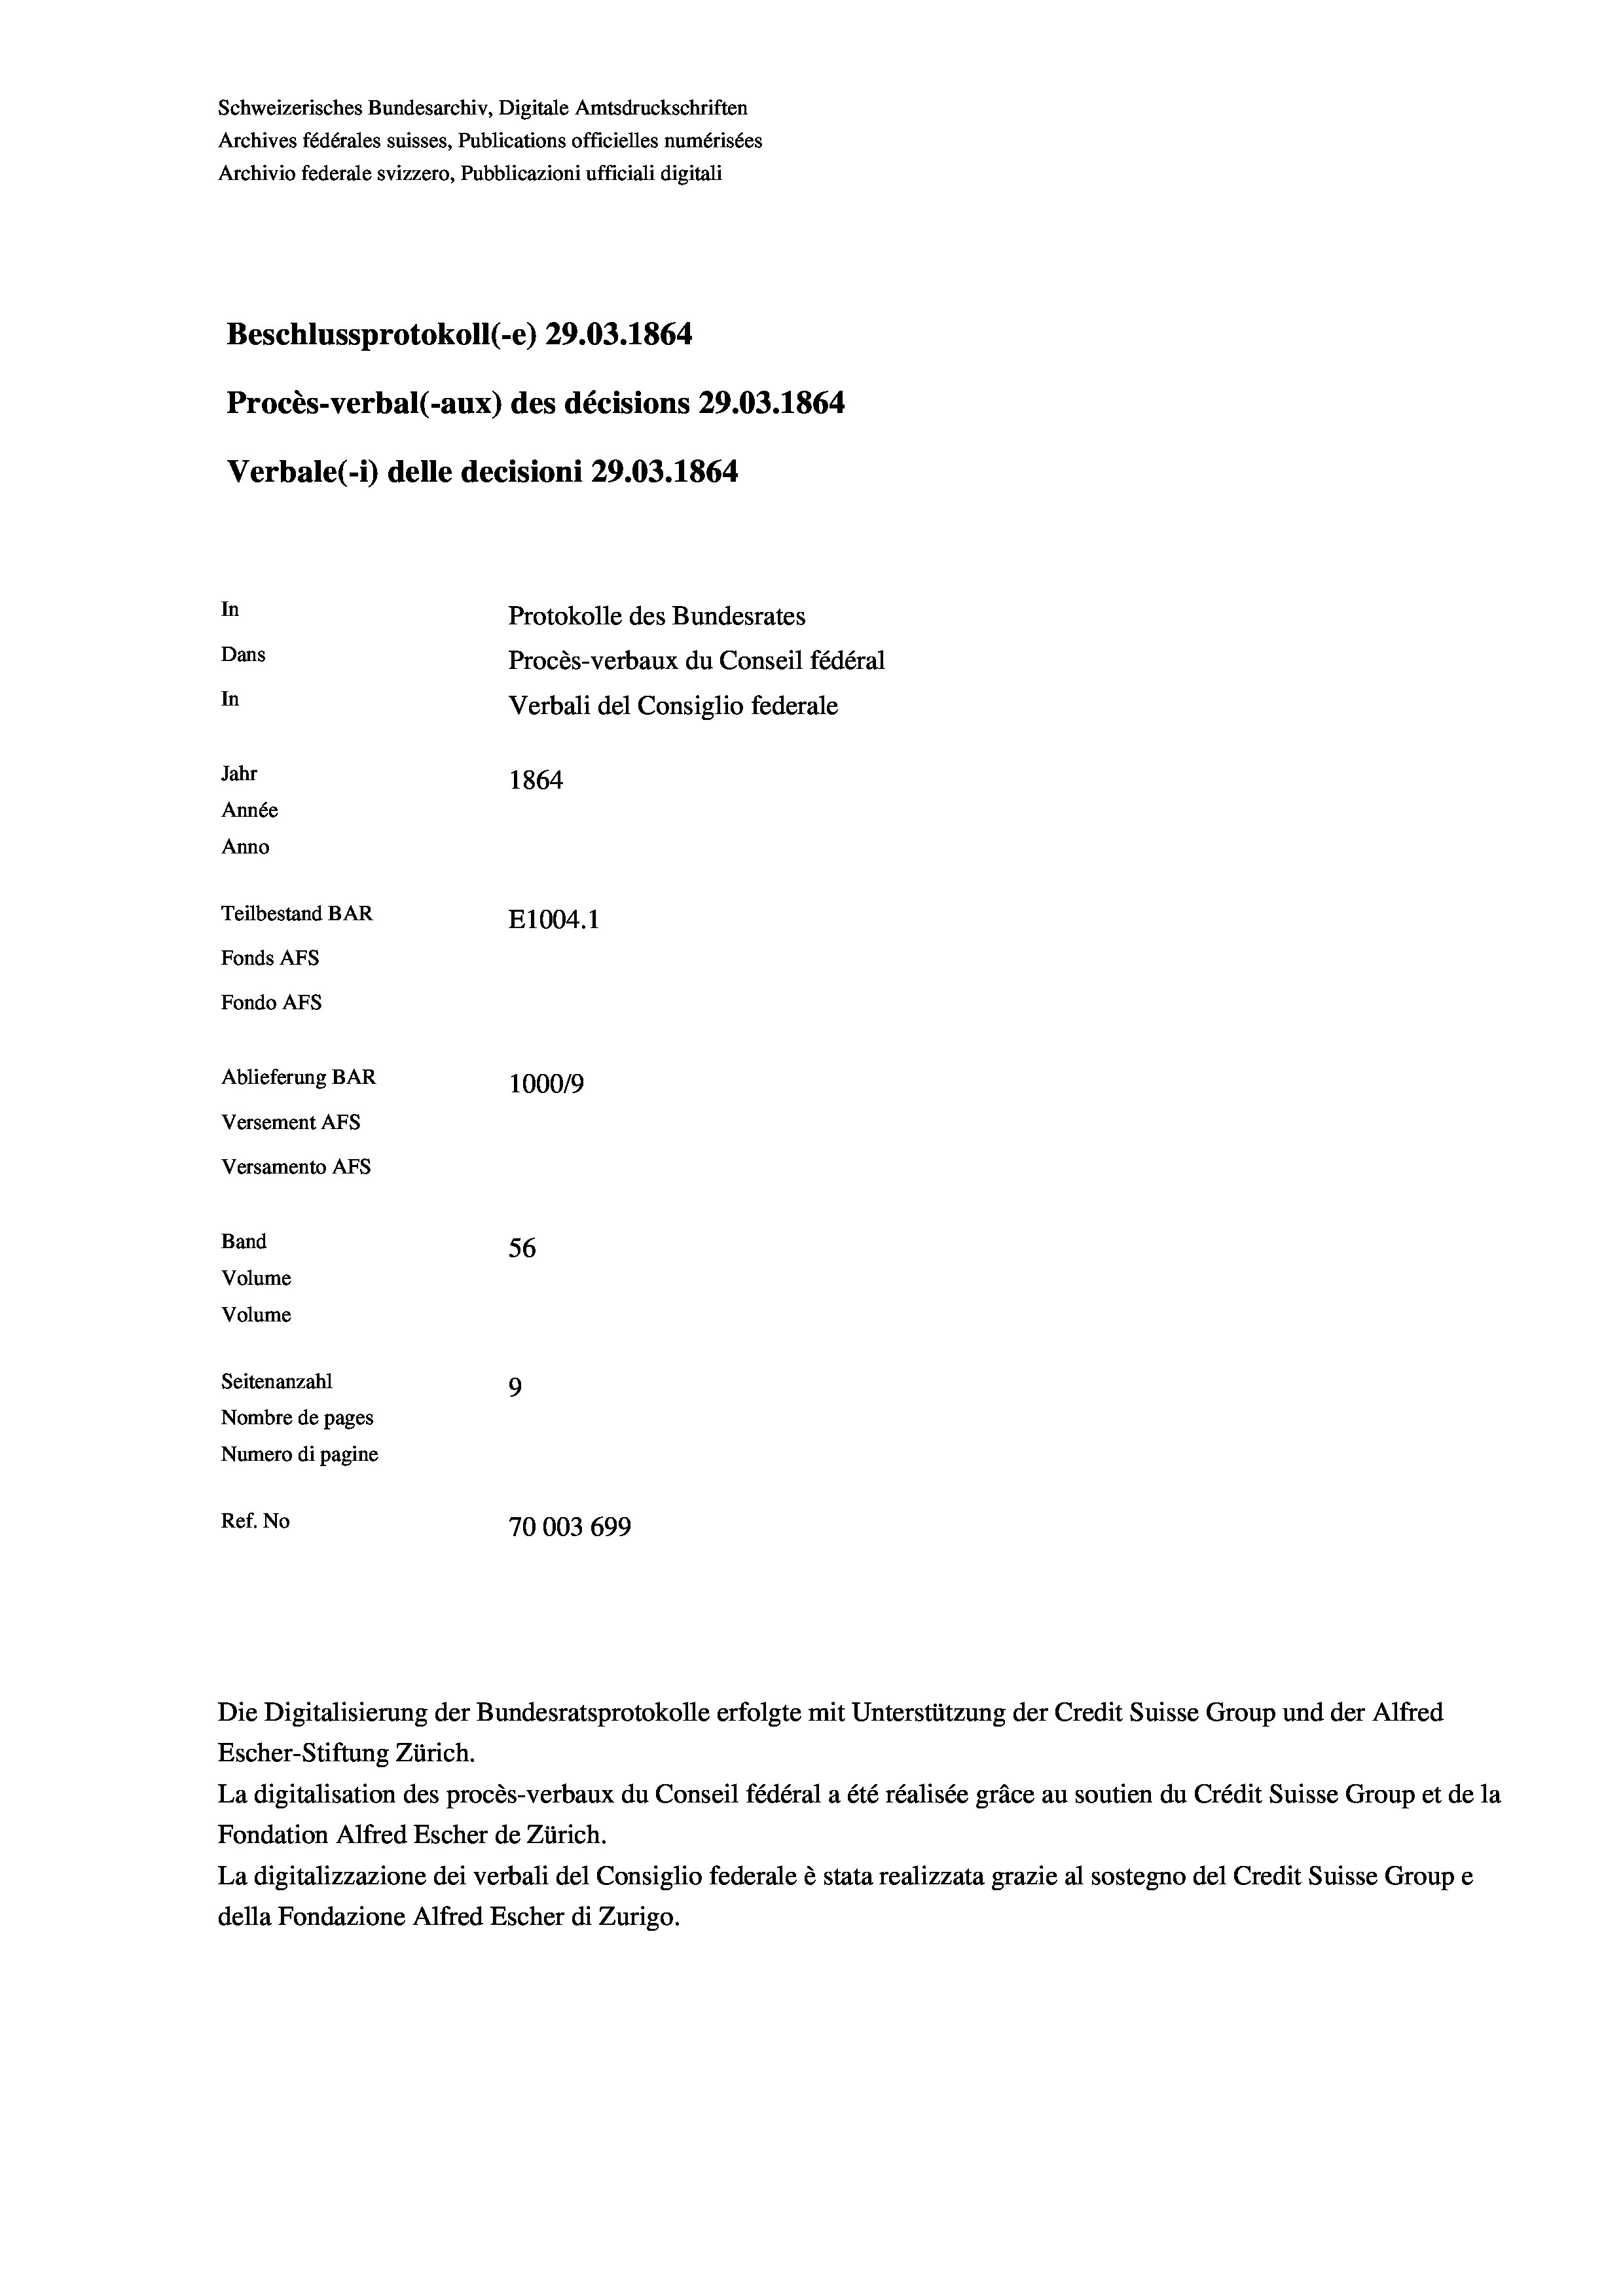
Schweizerisches Bundesarchiv, Digitale Amtsdruckschriften
Archives fédérales suisses, Publications officielles numérisées
Archivio federale svizzero, Pubblicazioni ufficiali digitali
Beschlussprotokoll (-e) 29.03. 1864.
Procès-verbal (-aux) des décisions 29.03. 1864
Verbale (i) delle decisioni 29.03. 1864.
In
Protokolle des Bundesrates
Dans
Procès-verbaux du Conseil fédéral
In
Verbali del Consiglio federale
Jahr
1864
Année
Anno
Teilbestand BAR
E1004. 1
Fonds AEs
Fondo AFs
Ablieferung BAR
100019
Versement AFs
Versamento AFs
Band
56
Volume
Volume
Seitenanzahl
9
Nombre de pages
Numero di pagine
Ref. No
70003 699

Die Digitalisierung der Bundesratsprotokolle erfolgte mit Unterstützung der Credit Suisse Group und der Alfred
Escher-Stiftung Zürich.

La digitalisation des procès-verbaux du Conseil fédéral a été réalisée gräce au soutien du Crédit Suisse Group et de la
Fondation Alfred Escher de Zürich.
La digitalizzazione dei verbali del Consiglio federale è stata realizzata grazie al sostegno del Credit Suisse Groupe
della Fondazione Alfred Escher di Zurigo.